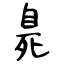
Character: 臰